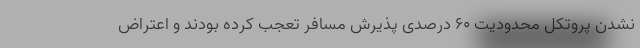
نشدن پروتکل محدودیت ۶۰ درصدی پذیرش مسافر تعجب کرده بودند و اعتراض